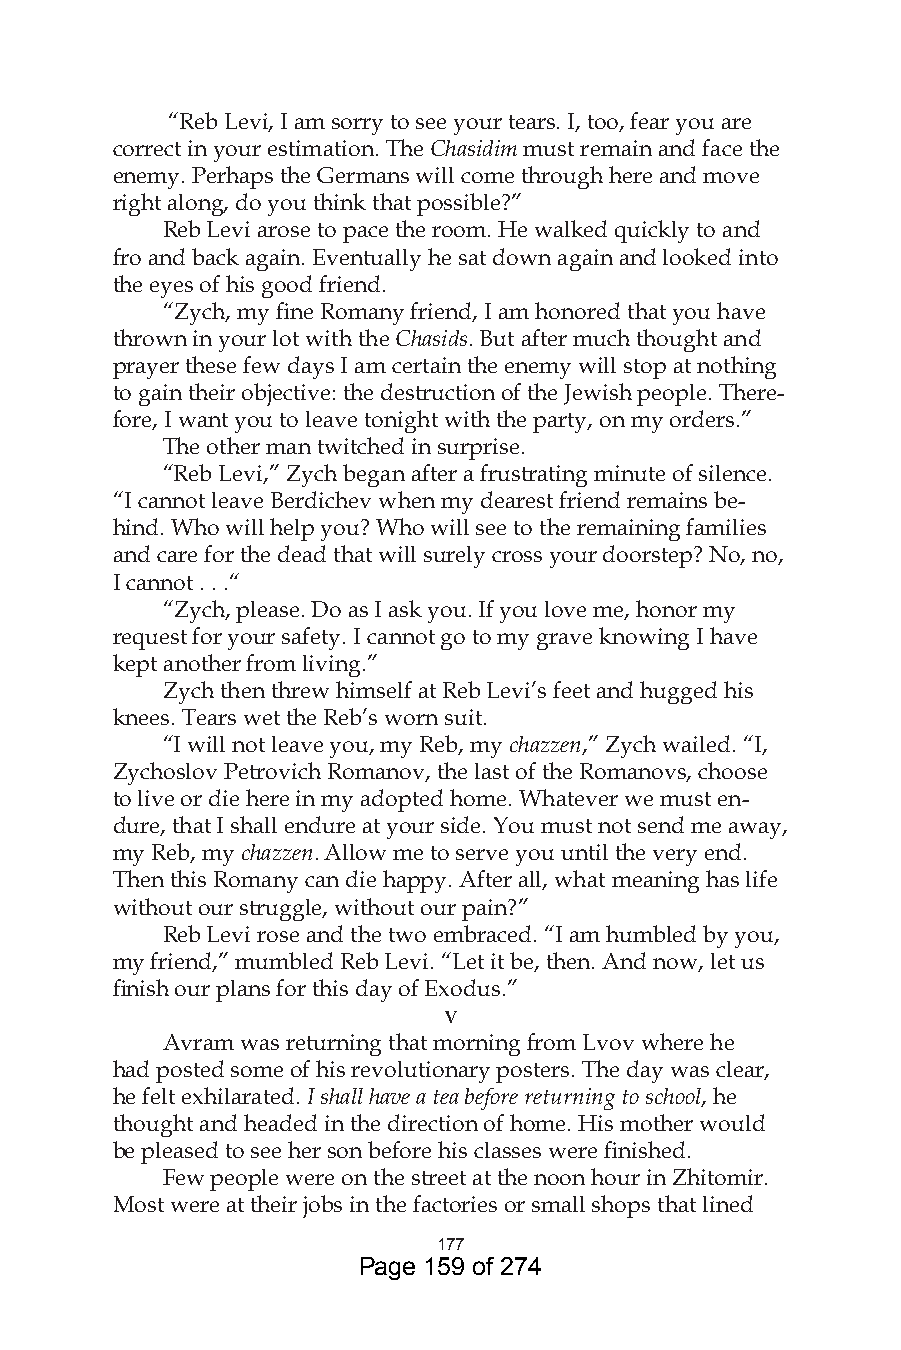
“Reb Levi, I am sorry to see your tears. I, too, fear you are
 correct in your estimation. The Chasidim must remain and face the
 enemy. Perhaps the Germans will come through here and move
 right along, do you think that possible?”
 Reb Levi arose to pace the room. He walked quickly to and
 fro and back again. Eventually he sat down again and looked into
 the eyes of his good friend.
 “Zych, my fine Romany friend, I am honored that you have
 thrown in your lot with the Chasids. But after much thought and
 prayer these few days I am certain the enemy will stop at nothing
 to gain their objective: the destruction of the Jewish people. There-
 fore, I want you to leave tonight with the party, on my orders.”
 The other man twitched in surprise.
 “Reb Levi,” Zych began after a frustrating minute of silence.
 “I cannot leave Berdichev when my dearest friend remains be-
 hind. Who will help you? Who will see to the remaining families
 and care for the dead that will surely cross your doorstep? No, no,
 I cannot . . .“
 “Zych, please. Do as I ask you. If you love me, honor my
 request for your safety. I cannot go to my grave knowing I have
 kept another from living.”
 Zych then threw himself at Reb Levi’s feet and hugged his
 knees. Tears wet the Reb’s worn suit.
 “I will not leave you, my Reb, my chazzen,” Zych wailed. “I,
 Zychoslov Petrovich Romanov, the last of the Romanovs, choose
 to live or die here in my adopted home. Whatever we must en-
 dure, that I shall endure at your side. You must not send me away,
 my Reb, my chazzen. Allow me to serve you until the very end.
 Then this Romany can die happy. After all, what meaning has life
 without our struggle, without our pain?”
 Reb Levi rose and the two embraced. “I am humbled by you,
 my friend,” mumbled Reb Levi. “Let it be, then. And now, let us
 finish our plans for this day of Exodus.”
 v
 Avram was returning that morning from Lvov where he
 had posted some of his revolutionary posters. The day was clear,
 he felt exhilarated. I shall have a tea before returning to school, he
 thought and headed in the direction of home. His mother would
 be pleased to see her son before his classes were finished.
 Few people were on the street at the noon hour in Zhitomir.
 Most were at their jobs in the factories or small shops that lined
 77
 Page 159 of 274